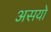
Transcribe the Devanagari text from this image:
असयो